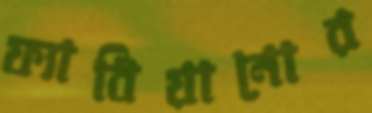
ফ্যাবিয়ানোর